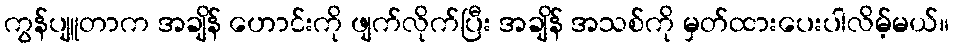
ကွန်ပျူတာက အချိန် ဟောင်းကို ဖျက်လိုက်ပြီး အချိန် အသစ်ကို မှတ်ထားပေးပါလိမ့်မယ်။